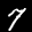
Label: 7